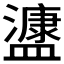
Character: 𭾔